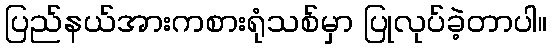
ပြည်နယ်အားကစားရုံသစ်မှာ ပြုလုပ်ခဲ့တာပါ။